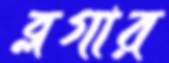
ব্লগার